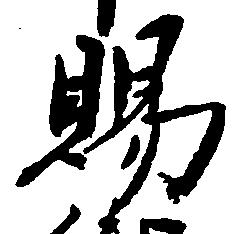
賜